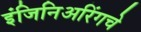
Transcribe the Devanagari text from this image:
इंजिनिअरिंगचे